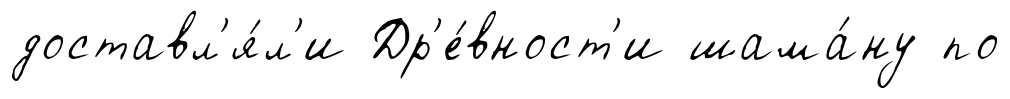
доставл'я́л'и Др'е́вност'и шама́ну по